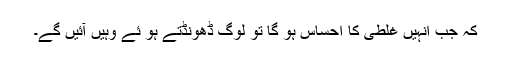
کہ جب انہیں غلطی کا احساس ہو گا تو لوگ ڈھونڈتے ہو ئے وہیں آئیں گے۔